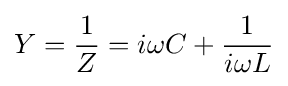
Y={\frac {1}{Z}}=i\omega C+{\frac {1}{i\omega L}}